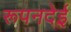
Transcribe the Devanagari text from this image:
रूपनदेई